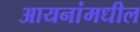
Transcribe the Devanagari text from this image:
आयनांमधील